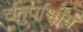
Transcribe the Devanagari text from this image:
चतुर्पाश्वीय